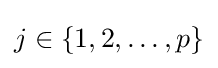
j\in \{1,2,\ldots ,p\}